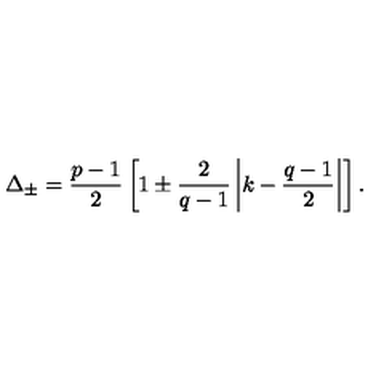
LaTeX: \Delta _ { \pm } = { \frac { p - 1 } { 2 } } \left[ 1 \pm { \frac { 2 } { q - 1 } } \left| k - { \frac { q - 1 } { 2 } } \right| \right] .